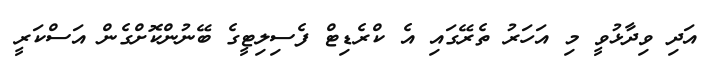
އަދި ވިދާޅުވީ މި އަހަރު ތެރޭގައި އެ ކްރެޑިޓް ފެސިލިޓީގެ ބޭނުންކޮށްގެން އަސްކަރީ